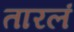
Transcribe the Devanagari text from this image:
तारलं